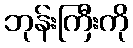
ဘုန်းကြီးကို